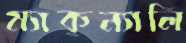
ম্যাকন্যালি